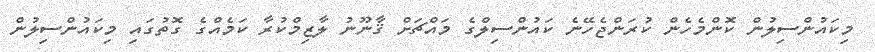
މިކައުންސިލުން ކޮންމެހެން ކުރަންޖެހޭނެ ކައުންސިލްގެ މައްޗަށް ޤާނޫނު ލާޒިމްކުރާ ކަމެއްގެ ގޮތުގައި މިކައުންސިލުން